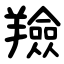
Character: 羷